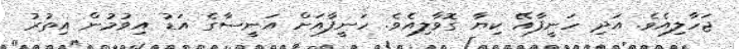
ޖަހާލިއެވެ. އަދި ހަނީފާއޭ ކިޔާ ގޮވާލިއެވެ. ހަނީފާއަށް އަނީސާގެ އަޑު އިވުމުން އިތުރު